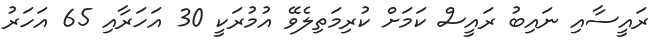
ރައީސާއި ނައިބު ރައީސް ކަމަށް ކުރިމަތިލެވޭ އުމުރަކީ 30 އަހަރާއި 65 އަހަރު